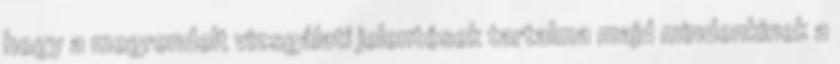
hogy a megrendelt vizsgálati jelentések tartalma majd min­denkinek a